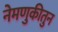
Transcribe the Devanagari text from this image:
नेमणुकीतुन